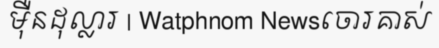
ម៉ឺនដុល្លារ | Watphnom Newsចោរគាស់